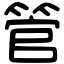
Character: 管